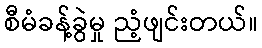
စီမံခန့်ခွဲမှု ညံ့ဖျင်းတယ်။